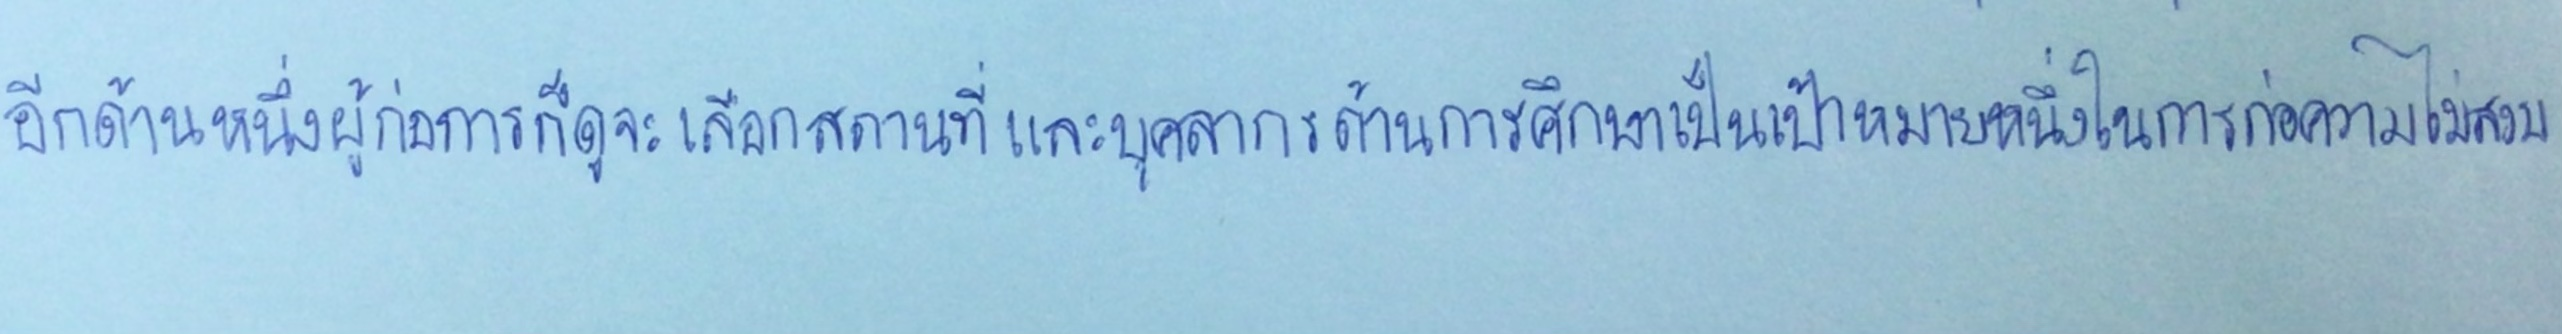
อีกด้านหนึ่งผู้ก่อการก็ดูจะเลือกสถานที่และบุคลากรด้านการศึกษาเป็นเป้าหมายหนึ่งในการก่อความไม่สงบ